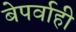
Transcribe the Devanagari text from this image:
बेपर्वाही